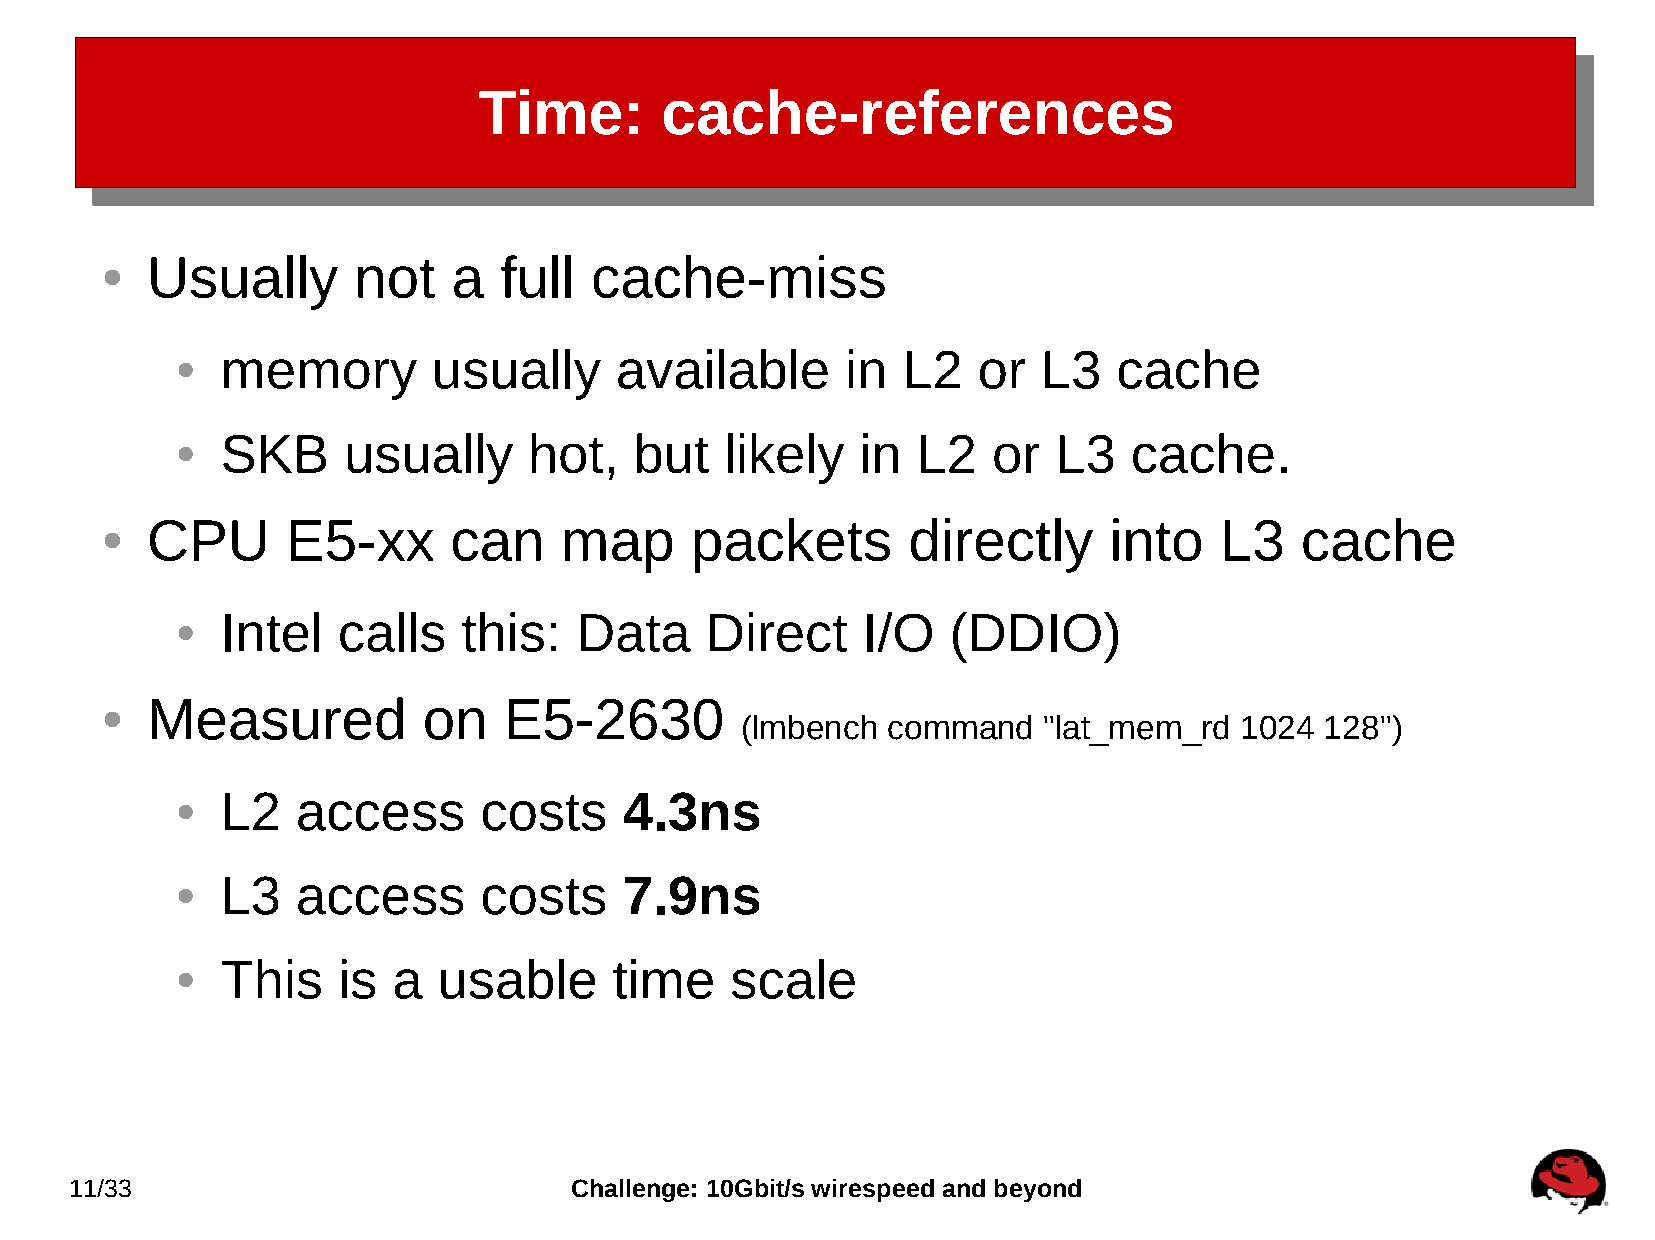
Time:       cache-references
 Usually      not    a  full  cache-miss
 ●
 memory        usually     available      in  L2   or  L3   cache
 ●
 SKB     usually     hot,   but   likely   in  L2   or  L3   cache.
 ●
 CPU      E5-xx      can    map      packets       directly     into    L3   cache
 ●
 Intel  calls    this:  Data     Direct    I/O   (DDIO)
 ●
 Measured          on   E5-2630
 ●
 (lmbench  command   "lat_mem_rd  1024  128")
 L2   access      costs    4.3ns
 ●
 L3   access      costs    7.9ns
 ●
 This   is  a  usable      time   scale
 ●
 11/33                            Challenge: 10Gbit/s wirespeed and beyond